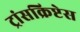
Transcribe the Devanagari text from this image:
ट्रांसक्रिप्टेस